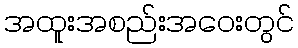
အထူးအစည်းအဝေးတွင်